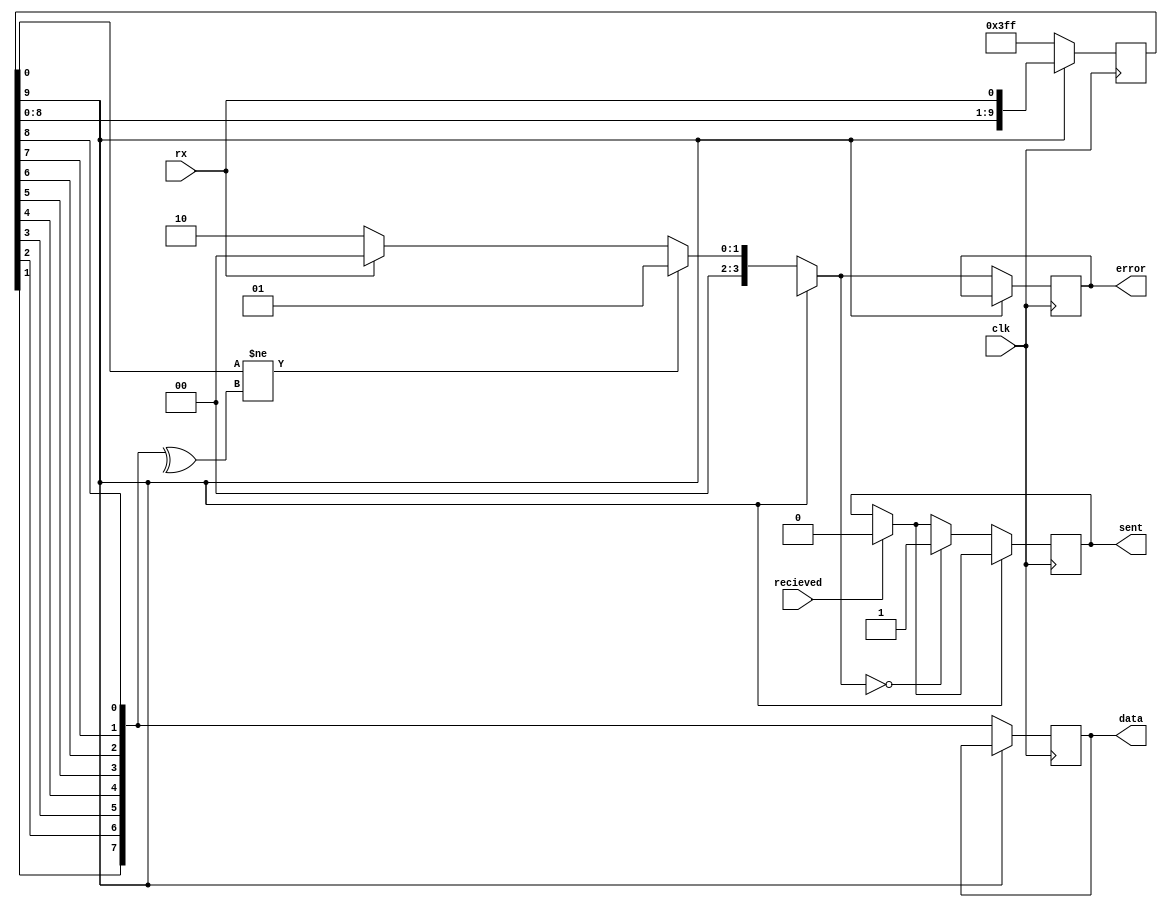
module UART_Reciever(
  output reg [7:0] data,
  output reg sent,
  output reg [3:0] error,
	input rx,
	input recieved,
  input clk );
  
  reg [2:0] index;
	
  reg checkBit;
	reg [10:0] data_raw;
	
	reg [7:0] tmpData [0:3];
	reg [1:0] count;
	
	initial begin
		error = 0;
		sent = 0;
		data_raw = 11'h7FF;
		sent = 0;
		count = 0;
	end
	
  always @(negedge clk) begin
		
		data_raw = data_raw << 1;
		data_raw[0] = rx;
		
		if(recieved) begin
			sent = 0;
		end
		
		if(data_raw[10] == 0) begin
			
			error = 0;
			
			data = {data_raw[2], data_raw[3], data_raw[4], data_raw[5], data_raw[6], data_raw[7], data_raw[8], data_raw[9]};
			checkBit = ^data;
			
			if(data_raw[1] != checkBit) error = 1;
			else if(data_raw[0] != 1) error = 2;
			
			if(error == 0) begin
				sent = 1;
			end
			
			data_raw = 11'h7FF;
		end
		
  end
   
endmodule